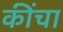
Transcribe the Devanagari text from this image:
कींचा